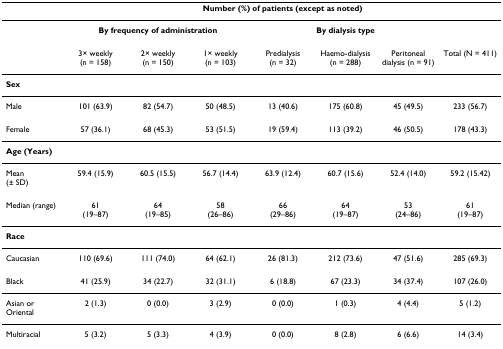
<table><thead><tr><td></td><td colspan="7"><b>Number (%) of patients (except as noted)</b></td></tr></thead><tbody><tr><td></td><td colspan="3"><b>By frequency of administration</b></td><td colspan="3"><b>By dialysis type</b></td><td></td></tr><tr><td></td><td>3× weekly (n = 158)</td><td>2× weekly (n = 150)</td><td>1× weekly (n = 103)</td><td>Predialysis (n = 32)</td><td>Haemo-dialysis (n = 288)</td><td>Peritoneal dialysis (n = 91)</td><td>Total (N = 411)</td></tr><tr><td><b>Sex</b></td><td></td><td></td><td></td><td></td><td></td><td></td><td></td></tr><tr><td>Male</td><td>101 (63.9)</td><td>82 (54.7)</td><td>50 (48.5)</td><td>13 (40.6)</td><td>175 (60.8)</td><td>45 (49.5)</td><td>233 (56.7)</td></tr><tr><td>Female</td><td>57 (36.1)</td><td>68 (45.3)</td><td>53 (51.5)</td><td>19 (59.4)</td><td>113 (39.2)</td><td>46 (50.5)</td><td>178 (43.3)</td></tr><tr><td><b>Age (Years)</b></td><td></td><td></td><td></td><td></td><td></td><td></td><td></td></tr><tr><td>Mean(± SD)</td><td>59.4 (15.9)</td><td>60.5 (15.5)</td><td>56.7 (14.4)</td><td>63.9(12.4)</td><td>60.7(15.6)</td><td>52.4 (14.0)</td><td>59.2 (15.42)</td></tr><tr><td>Median (range)</td><td>61(19–87)</td><td>64(19–85)</td><td>58(26–86)</td><td>66(29–86)</td><td>64(19–87)</td><td>53(24–86)</td><td>61(19–87)</td></tr><tr><td><b>Race</b></td><td></td><td></td><td></td><td></td><td></td><td></td><td></td></tr><tr><td>Caucasian</td><td>110 (69.6)</td><td>111 (74.0)</td><td>64 (62.1)</td><td>26 (81.3)</td><td>212 (73.6)</td><td>47 (51.6)</td><td>285 (69.3)</td></tr><tr><td>Black</td><td>41 (25.9)</td><td>34 (22.7)</td><td>32 (31.1)</td><td>6 (18.8)</td><td>67 (23.3)</td><td>34 (37.4)</td><td>107 (26.0)</td></tr><tr><td>Asian or Oriental</td><td>2 (1.3)</td><td>0 (0.0)</td><td>3 (2.9)</td><td>0 (0.0)</td><td>1 (0.3)</td><td>4 (4.4)</td><td>5 (1.2)</td></tr><tr><td>Multiracial</td><td>5 (3.2)</td><td>5 (3.3)</td><td>4 (3.9)</td><td>0 (0.0)</td><td>8 (2.8)</td><td>6 (6.6)</td><td>14 (3.4)</td></tr></tbody></table>